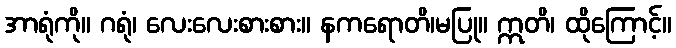
အာရုံကို။ ဂရုံ၊ လေးလေးစားစား။ နကရောတိ၊မပြု။ ဣတိ၊ ထိုကြောင့်။